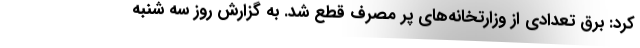
کرد: برق تعدادی از وزارتخانه‌های پر مصرف قطع شد. به گزارش روز سه شنبه